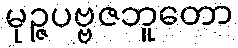
မုဉ္ဇပဗ္ဗဇဘူတော